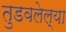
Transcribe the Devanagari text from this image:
तुडवलेल्या